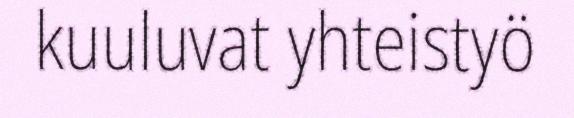
kuuluvat yhteistyö